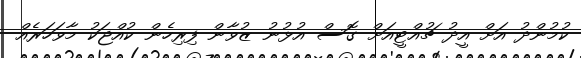
ކުމުންދު އަށް އީދު ޗުއްޓީއަށް ގޮސް އުޅުނު ޒުވާން ފިރިހެން ކުއްޖަކު މާވަހަރެއް